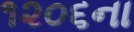
૧૨૦૬ના